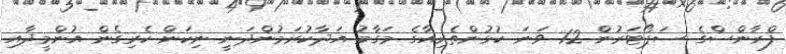
ފްރާންސްގެ ސަޕޯޓަރުން 12 ވަނަ ކުޅުންތެރިއާގެ މަގާމު އަދާކުރަމުންދަނީ ނިކަން ކެރިގެން އުންމީދާއި